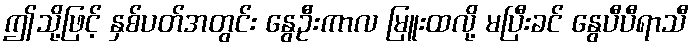
ဤသို့ဖြင့် နှစ်ပတ်အတွင်း နွေဦးကာလ မြူးထလို့ မပြီးခင် နွေပီပီရာသီ